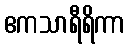
ဧကသာရီရိကာ